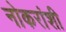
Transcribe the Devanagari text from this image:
नोकरांशी